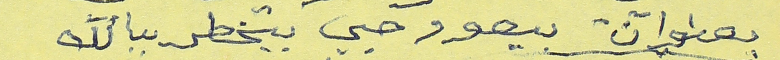
بعنوان بيعود حبي بيخطر ببالك